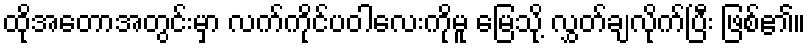
ထိုအတောအတွင်းမှာ လက်ကိုင်ပဝါလေးကိုမူ မြေသို့ လွှတ်ချလိုက်ပြီး ဖြစ်၏။